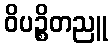
ဝိပဉ္စိတညူ